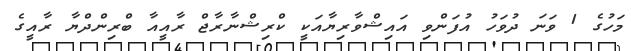
މަހުގެ 1 ވަނަ ދުވަހު އުފަންވި އައިޝްވާރިޔާއަކީ ކްރިޝްނާރާޖް ރާއީއާ ބްރިންދްޔާ ރާއީގެ